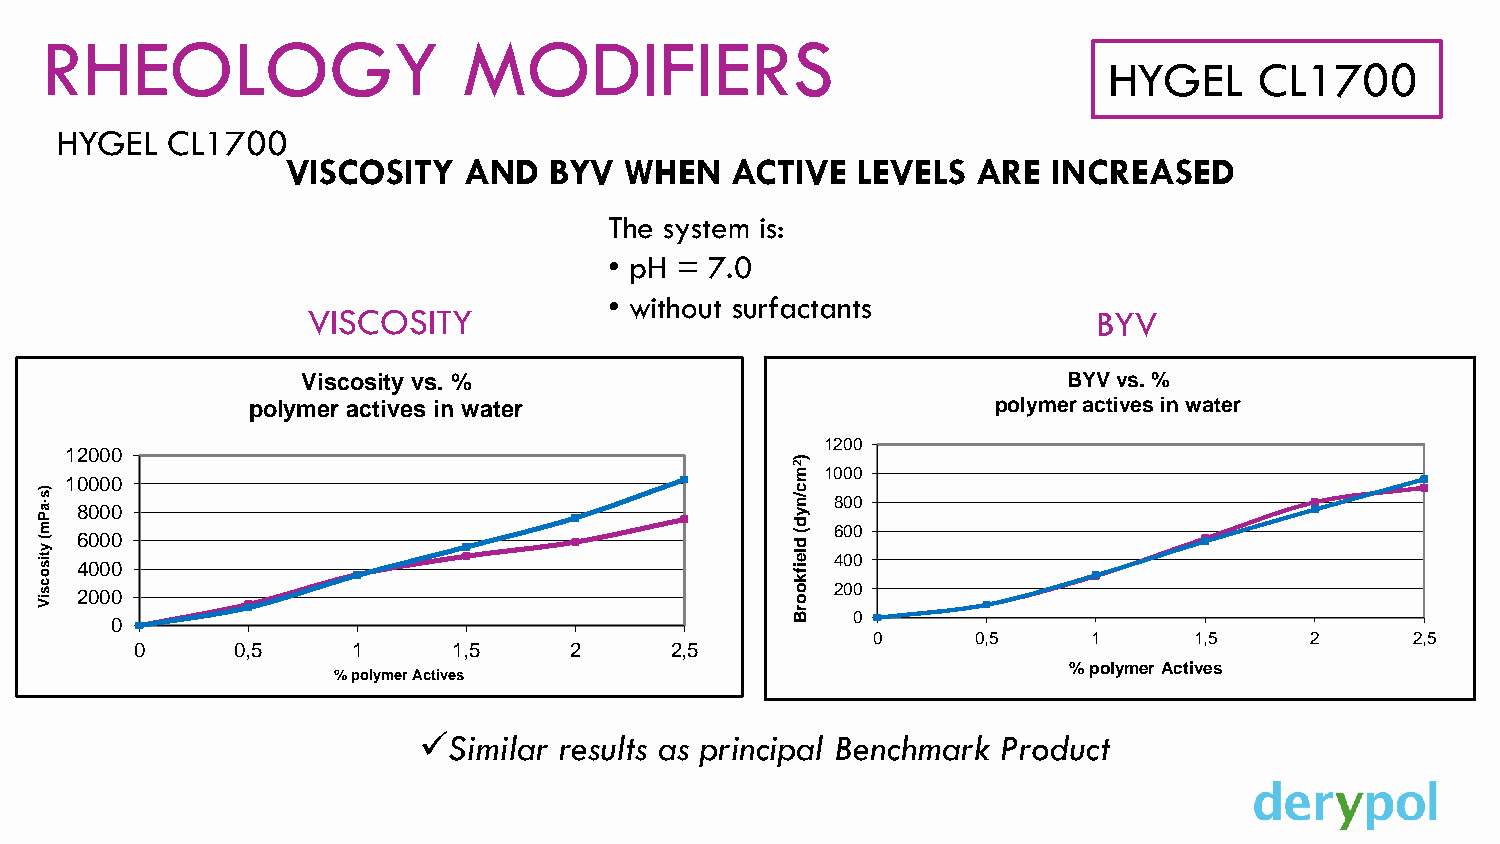
RHEOLOGY                    MODIFIERS
 HYGEL     CL1700
 HYGEL  CL1700
 VISCOSITY   AND  BYV  WHEN   ACTIVE   LEVELS  ARE  INCREASED
 The system is:
 • pH = 7.0
 • without surfactants
 VISCOSITY                                            BYV
 Viscosity vs. %                                    BYV vs. %
 polymer actives in water                          polymer actives in water
 1200
 12000
 2 m) 1000
 10000
 )s ·a P m
 ( y tis
 o
 c s
 iV
 2468
 0
 000
 0
 000
 0
 000                                          c /n y d (
 d le
 ifk
 o
 o
 r
 2468 0000 0000
 0                                            B   0
 0      0,5    1      1,5     2      2,5
 0      0,5    1      1,5     2     2,5
 % polymer Actives
 % polymer Actives
 ✓Similar results as principal Benchmark Product